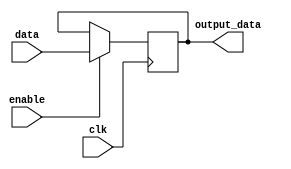
module data_enable_latch(
    input wire data,
    input wire enable,
    input wire clk,
    output reg output_data
);

always @(posedge clk) begin
    if (enable) begin
        output_data <= data;
    end
end

endmodule